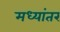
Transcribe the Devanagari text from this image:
मध्‍यांतर